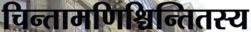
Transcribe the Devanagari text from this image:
चिन्तामणिश्चिन्तितस्य